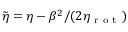
\widetilde { \eta } = \eta - \beta ^ { 2 } / ( 2 \eta _ { \mathrm { ~ r ~ o ~ t ~ } } )